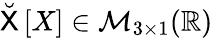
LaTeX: \breve{\sf{X}}\left[X\right]\in\mathcal{M}_{3\times 1}(\mathbb{R})